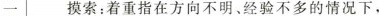
一 摸索：着重指在方向不明、经验不多的情况下，